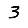
Digit: 3